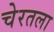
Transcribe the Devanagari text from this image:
चेरतला